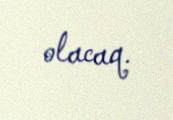
olacaq.